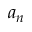
a _ { n }